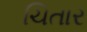
ચિતાર